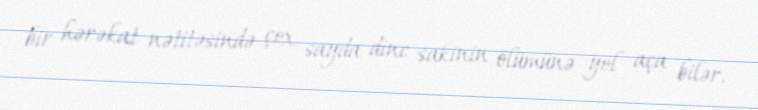
bir hərəkat nətitəsində çox sayda dinc sakinin ölümünə yol aça bilər.